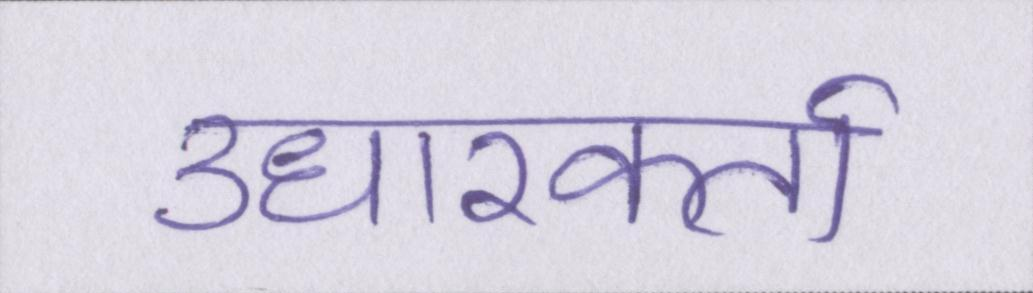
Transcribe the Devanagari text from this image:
उधारकर्ता